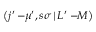
\left( j ^ { \prime } - \! \! \mu ^ { \prime } , s \sigma \, | \, L ^ { \prime } - \! \! M \right)